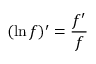
( \ln f ) ^ { \prime } = { \frac { f ^ { \prime } } { f } } \quad